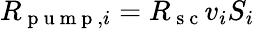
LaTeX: R_{\mathrm{~p~u~m~p~},i}=R_{\mathrm{~s~c~}}v_{i}S_{i}